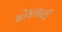
સોસાયાટી